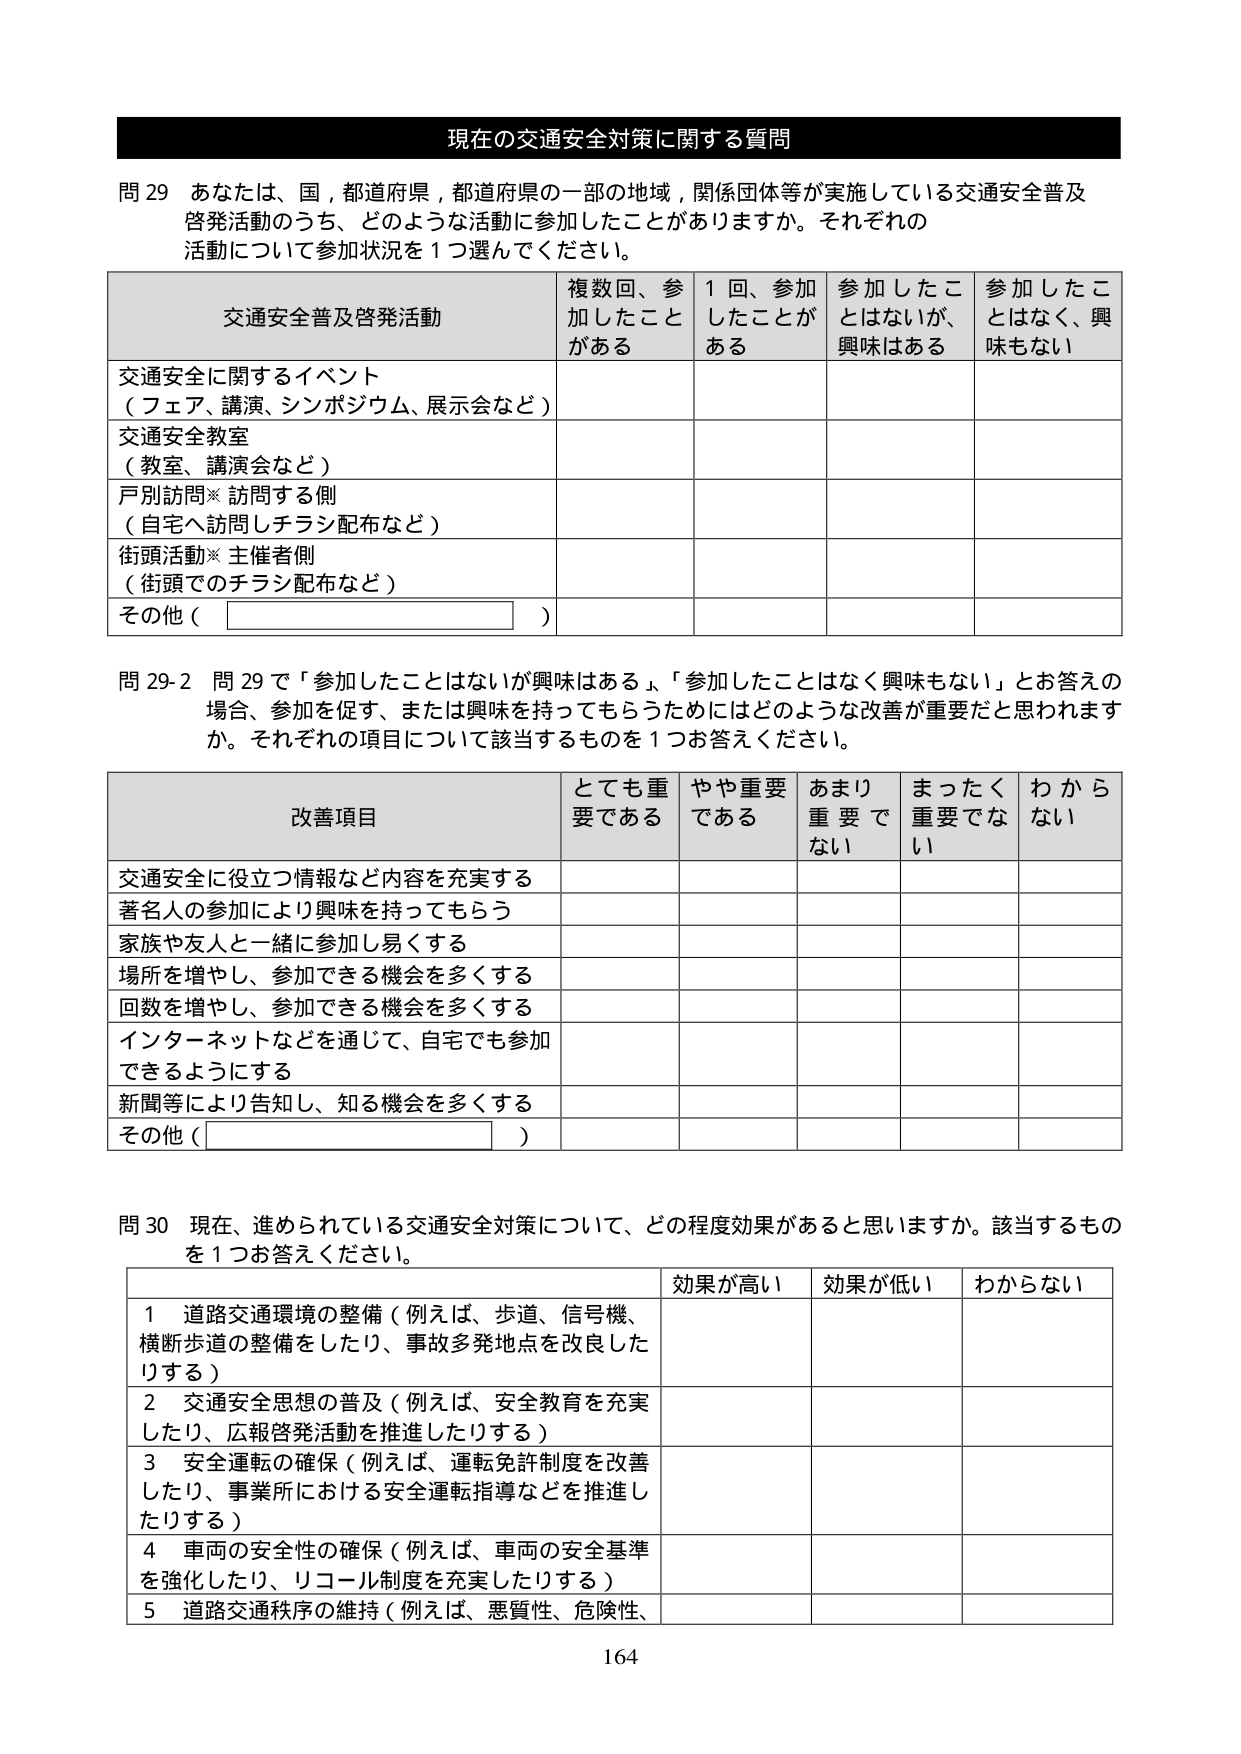
現在の交通安全対策に関する質問

問 29 あなたは、国，都道府県，都道府県の一部の地域，関係団体等が実施している交通安全普及啓発活動のうち、どのような活動に参加したことがありますか。それぞれの活動について参加状況を１つ選んでください。

交通安全普及啓発活動 | 複数回、参加したことがある | 1回、参加したことがある | 参加したことはないが、興味はある | 参加したことはなく、興味もない
--- | --- | --- | --- | ---
交通安全に関するイベント（フェア、講演、シンポジウム、展示会など） | | | | |
交通安全教室（教室、講演会など） | | | | |
戸別訪問※訪問する側（自宅へ訪問しチラシ配布など） | | | | |
街頭活動※主催者側（街頭でのチラシ配布など） | | | | |
その他（　　　　　　　　　　） | | | | |

問 29-2 問 29 で「参加したことはないが興味はある」、「参加したことはなく興味もない」とお答えの場合、参加を促す、または興味を持ってもらうためにはどのような改善が重要だと思われますか。それぞれの項目について該当するものを１つお答えください。

改善項目 | とても重要である | やや重要である | あまり重要でない | まったく重要でない | わからない
--- | --- | --- | --- | --- | ---
交通安全に役立つ情報など内容を充実する | | | | | |
著名人の参加により興味を持ってもらう | | | | | |
家族や友人と一緒に参加し易くする | | | | | |
場所を増やし、参加できる機会を多くする | | | | | |
回数を増やし、参加できる機会を多くする | | | | | |
インターネットなどを通じて、自宅でも参加できるようにする | | | | | |
新聞等により告知し、知る機会を多くする | | | | | |
その他（　　　　　　　　　　） | | | | | |

問 30 現在、進められている交通安全対策について、どの程度効果があると思いますか。該当するものを１つお答えください。

| | 効果が高い | 効果が低い | わからない |
|---|---|---|---|
| 1 道路交通環境の整備（例えば、歩道、信号機、横断歩道の整備をしたり、事故多発地点を改良したりする） | | | |
| 2 交通安全思想の普及（例えば、安全教育を充実したり、広報啓発活動を推進したりする） | | | |
| 3 安全運転の確保（例えば、運転免許制度を改善したり、事業所における安全運転指導などを推進したりする） | | | |
| 4 車両の安全性の確保（例えば、車両の安全基準を強化したり、リコール制度を充実したりする） | | | |
| 5 道路交通秩序の維持（例えば、悪質性、危険性、 | | | |

164